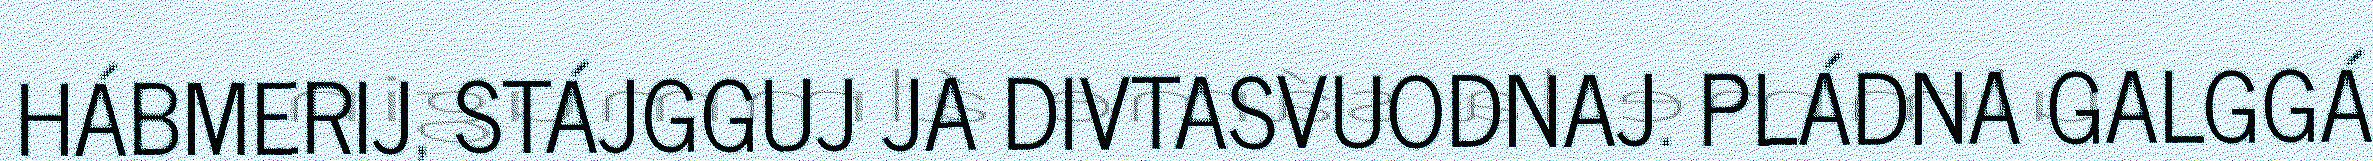
HÁBMERIJ, STÁJGGUJ JA DIVTASVUODNAJ. PLÁDNA GALGGÁ